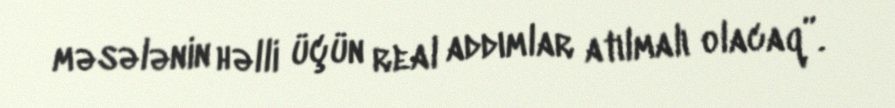
məsələnin həlli üçün real addımlar atılmalı olacaq”.